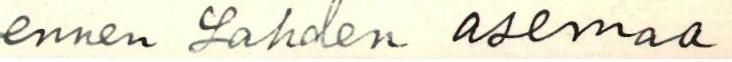
ennen Lahden asemaa